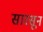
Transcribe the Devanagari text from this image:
सारसून